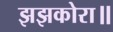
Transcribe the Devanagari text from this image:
झझकोरा॥